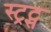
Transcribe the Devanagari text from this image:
स्ट्रट्स